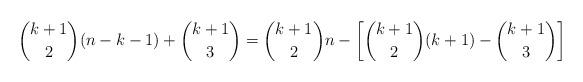
LaTeX: \begin{align*} \binom{k+1}{2}(n-k-1) + \binom{k+1}{3} = \binom{k+1}{2}n - \left[ \binom{k+1}{2}(k+1) - \binom{k+1}{3} \right]\end{align*}